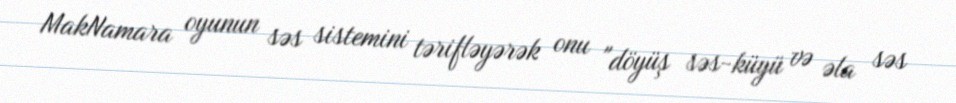
MakNamara oyunun səs sistemini tərifləyərək onu "döyüş səs-küyü və əla səs